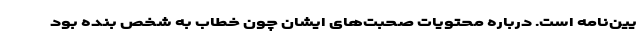
یین‌نامه است. درباره محتویات صحبت‌های ایشان چون خطاب به شخص بنده بود